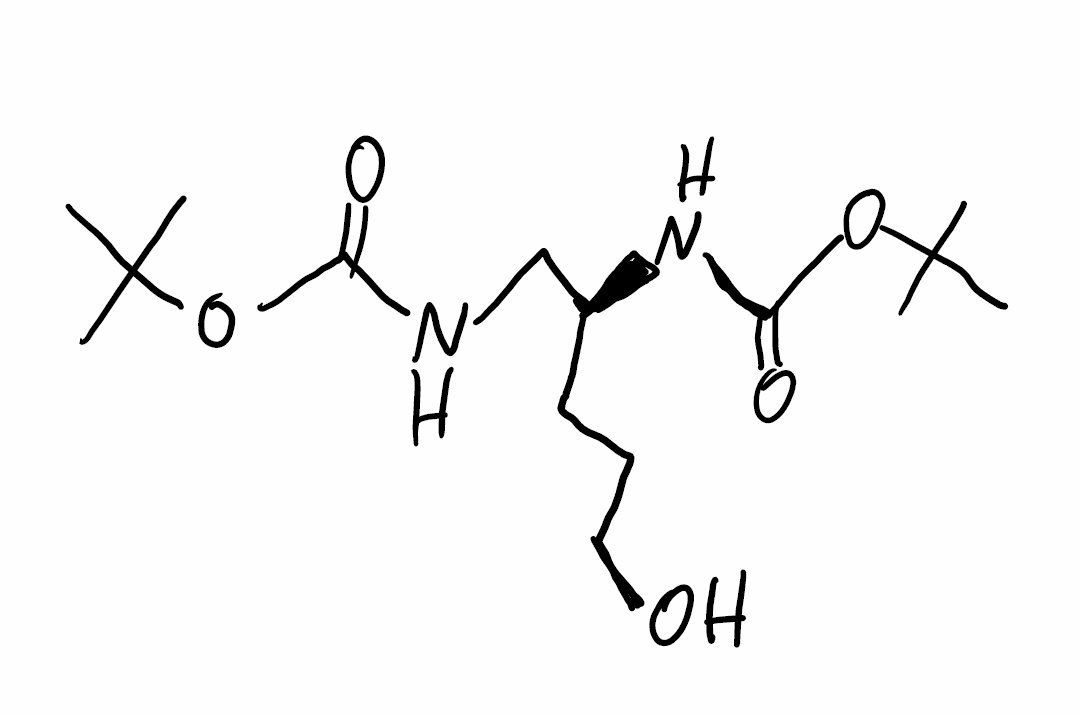
Simplified molecular-input line-entry system (SMILES) notation of the given molecule:
CC(C)(C)OC(=O)NC[C@H](CCCO)NC(=O)OC(C)(C)C